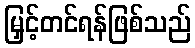
မြှင့်တင်ရန်ဖြစ်သည်